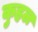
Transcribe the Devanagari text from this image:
कुहल